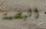
البصمة